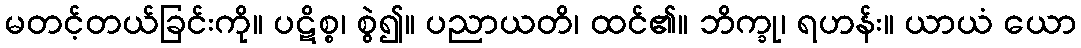
မတင့်တယ်ခြင်းကို။ ပဋိစ္စ၊ စွဲ၍။ ပညာယတိ၊ ထင်၏။ ဘိက္ခု၊ ရဟန်း။ ယာယံ ယော